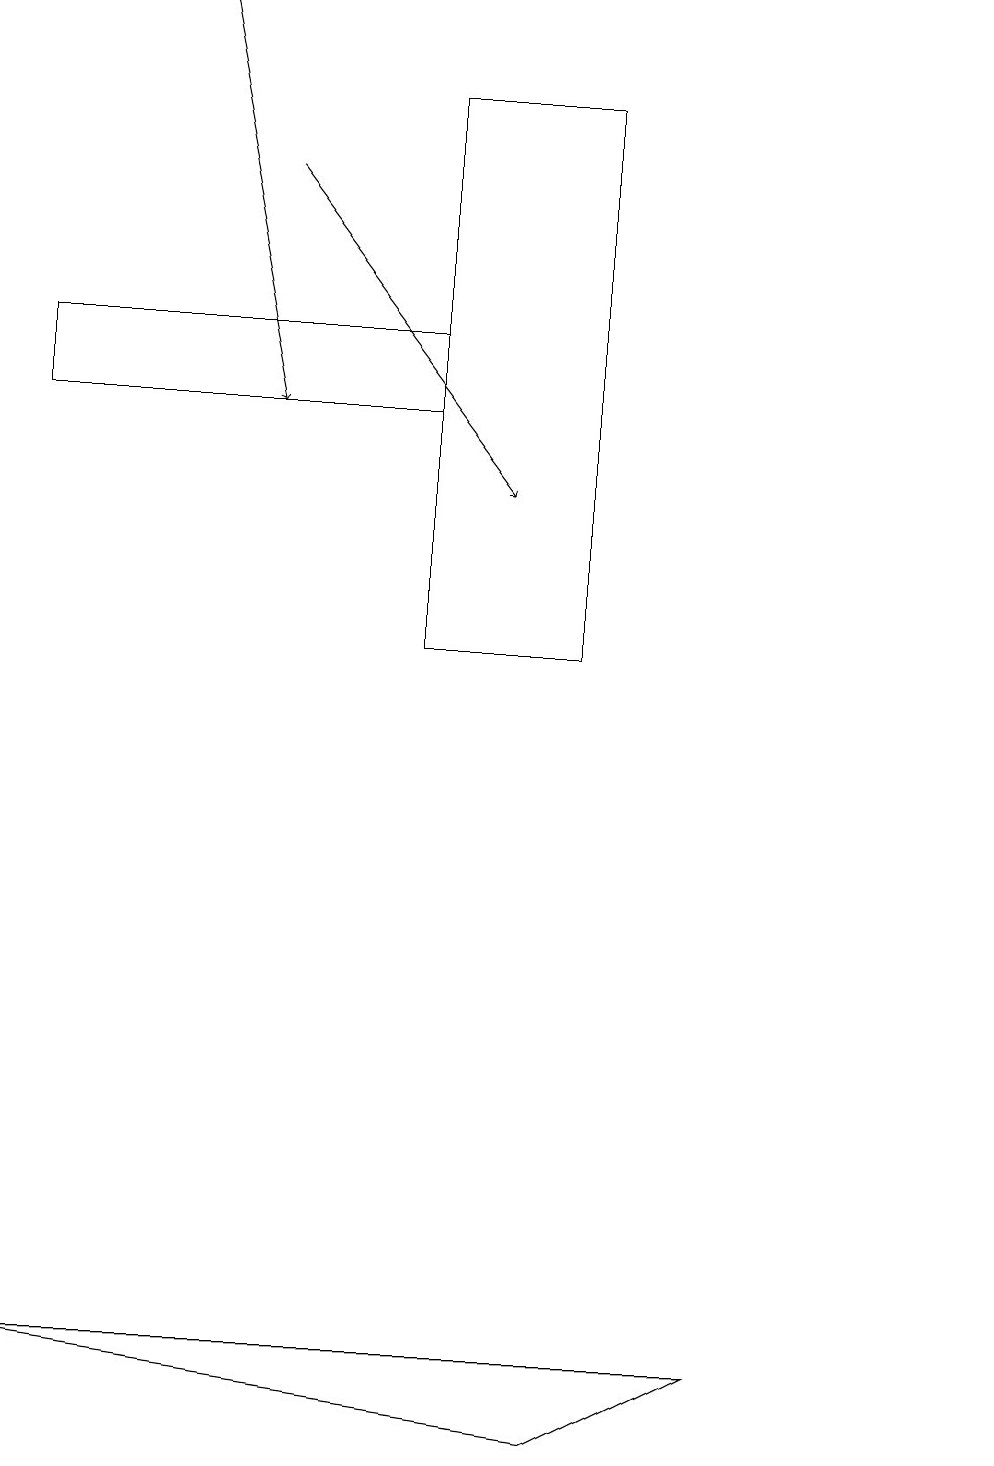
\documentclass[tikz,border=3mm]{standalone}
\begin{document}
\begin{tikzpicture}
\draw[->] (3,16) -- (6,12);
\draw (12,12) circle (0);
\draw (0,1) -- (7,0) -- (9,1) -- cycle;
\draw (5,13) rectangle (0,14);
\draw (7,10) rectangle (5,17);
\draw[->] (2,18) -- (3,13);
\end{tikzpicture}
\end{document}